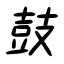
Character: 鼓